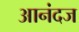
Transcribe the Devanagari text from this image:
आनंदज